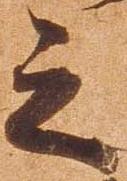
之